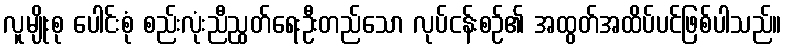
လူမျိုးစု ပေါင်းစုံ စည်းလုံးညီညွတ်ရေးဦးတည်သော လုပ်ငန်းစဉ်၏ အထွတ်အထိပ်ပင်ဖြစ်ပါသည်။